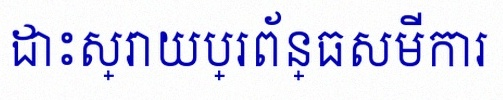
ដោះស្រាយប្រព័ន្ធសមីការ